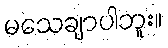
မသေချာပါဘူး။